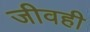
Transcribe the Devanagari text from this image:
जीवही